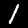
Label: 1